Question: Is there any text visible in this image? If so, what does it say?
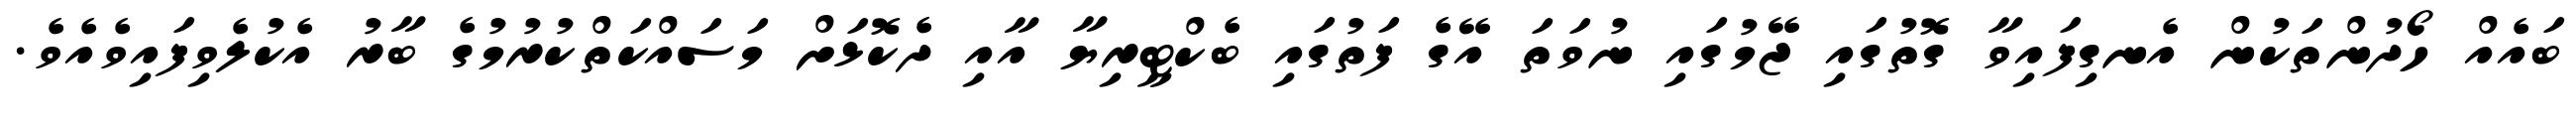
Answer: ބައެއް ހޯދުންތަކުން އެނގިފައިވާ ގޮތުގައި ޖޭމުގައި ނުވަތަ އޭގެ ފަތުގައި ބެކްޓީރިޔާ އާއި ދެކޮޅަށް މަސައްކަތްކުރުމުގެ ބާރު އެކުލެވިފައިވެއެވެ.